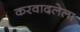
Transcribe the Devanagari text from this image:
करवादलेला